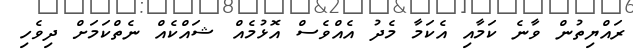
ރައްޔިތުން ވާނެ ކަމާއި އެކަމާ މެދު އެއްވެސް އޮޅުމެއް ޝައްކެއް ނެތްކަމަށް ދިވެހި